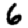
Digit: 6